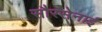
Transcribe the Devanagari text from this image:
सौरसेनाई